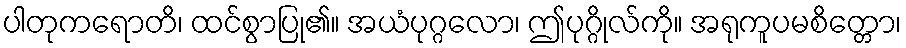
ပါတုကရောတိ၊ ထင်စွာပြု၏။ အယံပုဂ္ဂလော၊ ဤပုဂ္ဂိုလ်ကို။ အရုကူပမစိတ္တော၊